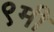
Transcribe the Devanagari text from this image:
९मी